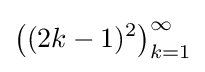
{\bigl (}(2k-1)^{2}{\bigr )}_{k=1}^{\infty }